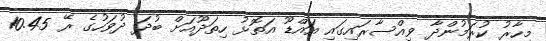
މިހާރު ކުރަމުންދާ ވިއްސާރައިގައި އައްޑޫ އަތޮޅު ހިތަދޫއަށް ބުދަ ދުވަހުގެ ރޭ 10.45